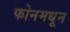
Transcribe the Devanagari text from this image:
फोनमधून